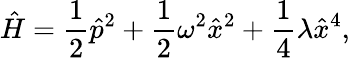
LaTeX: \hat{H}=\frac{1}{2}{\hat{p}}^{2}+\frac{1}{2}\omega^{2}{\hat{x}}^{2}+\frac{1}{4}\lambda{\hat{x}}^{4},